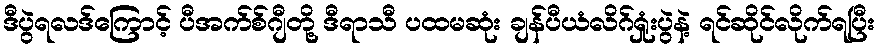
ဒီပွဲရလဒ်ကြောင့် ပီအက်စ်ဂျီတို့ ဒီရာသီ ပထမဆုံး ချန်ပီယံလိဂ်ရှုံးပွဲနဲ့ ရင်ဆိုင်လိုက်ရပြီး